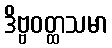
ဒိဗ္ဗဝတ္ထသမာ